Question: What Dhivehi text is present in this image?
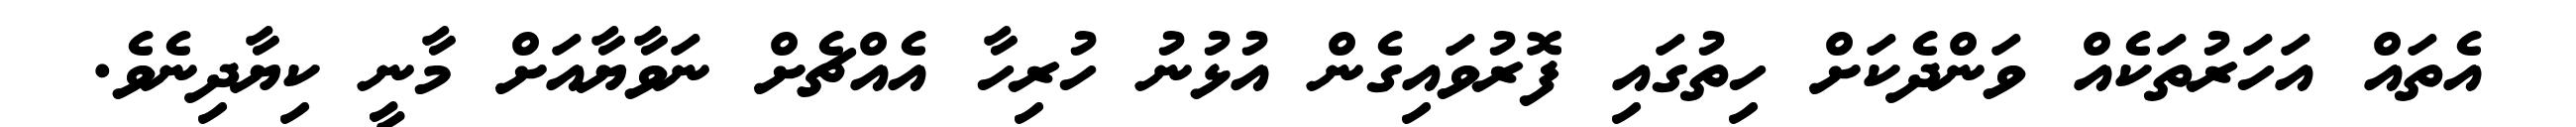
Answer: އެތައް އަހަރުތަކެއް ވަންދެކަށް ހިތުގައި ފޮރުވައިގެން އުޅުނު ހުރިހާ އެއްޗެށް ނަވާޔާއަށް މާނީ ކިޔާދިނެވެ.